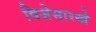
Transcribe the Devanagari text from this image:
विजेसारखे